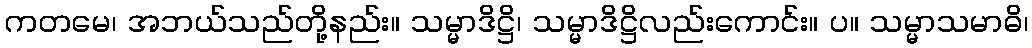
ကတမေ၊ အဘယ်သည်တို့နည်း။ သမ္မာဒိဋ္ဌိ၊ သမ္မာဒိဋ္ဌိလည်းကောင်း။ ပ။ သမ္မာသမာဓိ၊